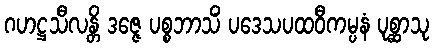
ဂဟဋ္ဌသီလန္တိ ဒဇ္ဇေ ပစ္စဘာသိံ ပဒေသပထဝီကမ္ပနံ ပုစ္ဆာသု